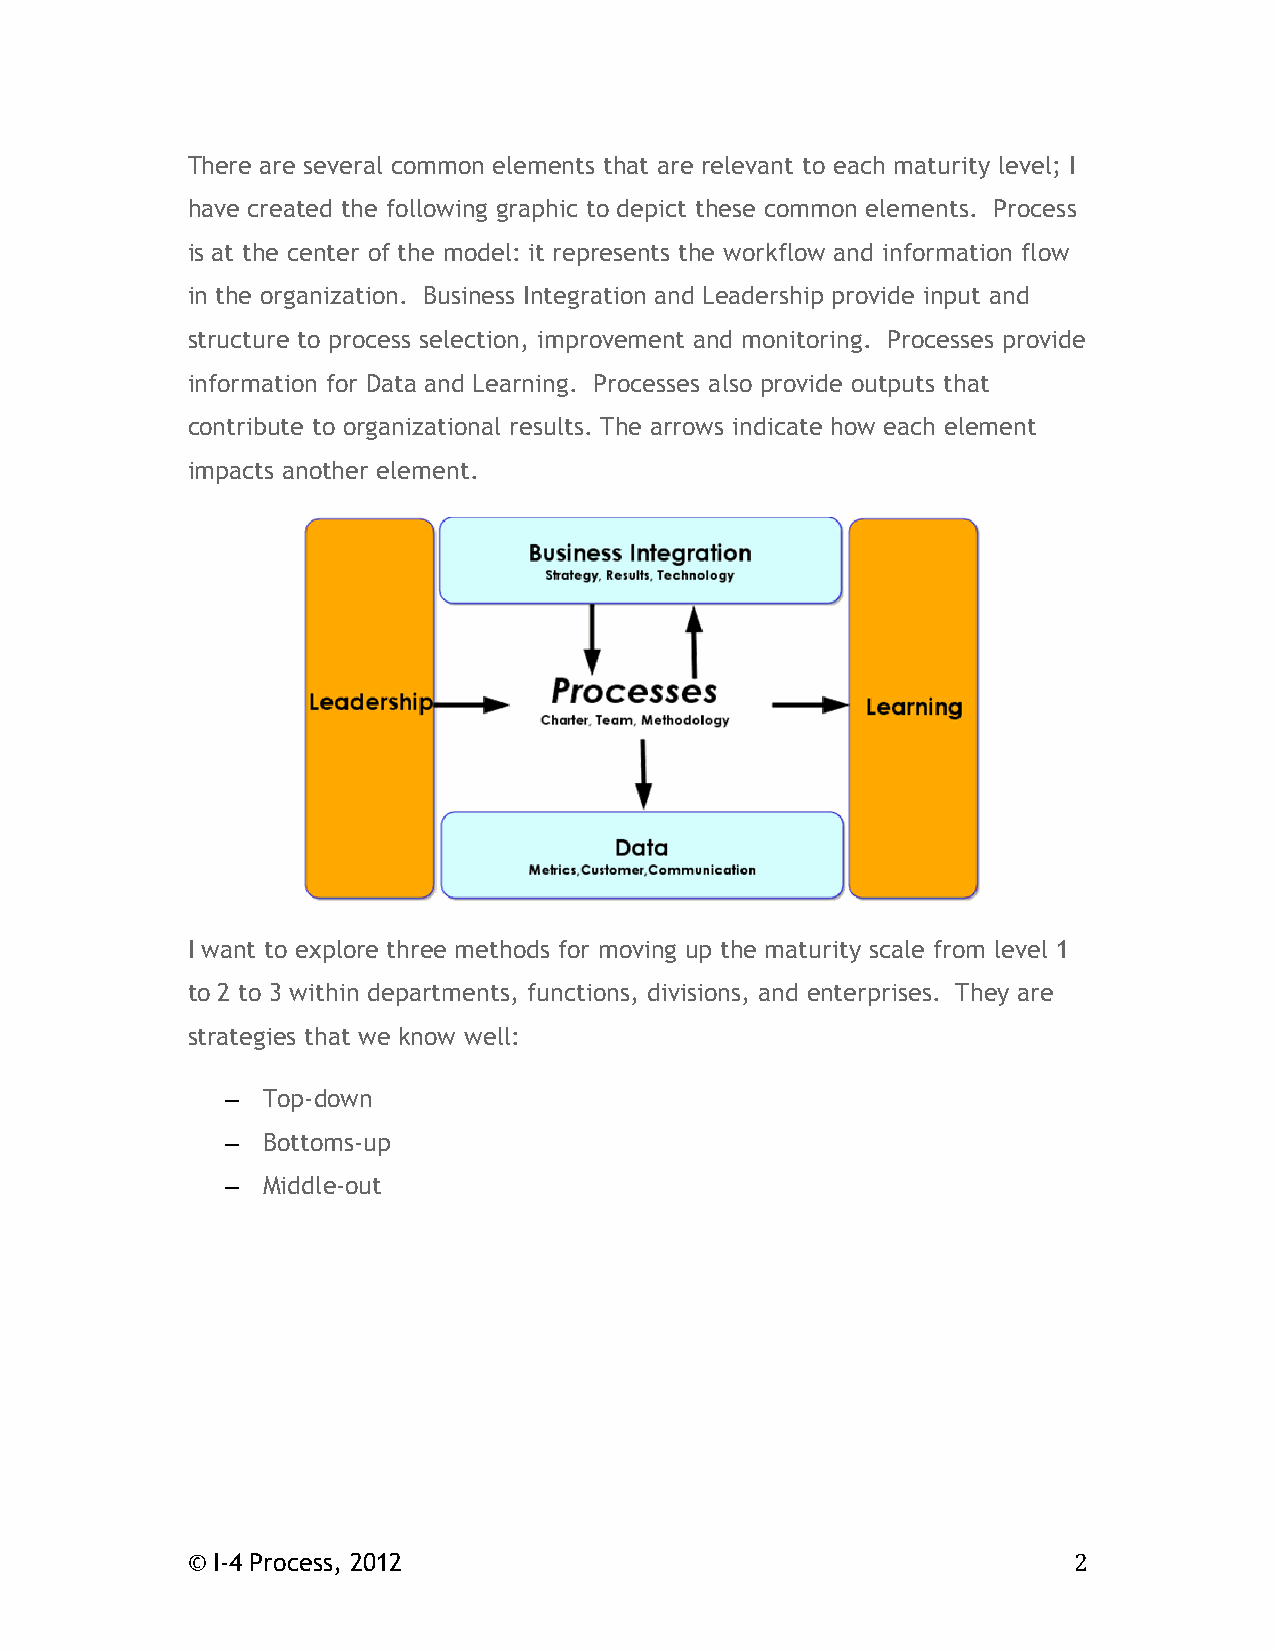
There are several common elements that are relevant to each maturity level; I
 have created the following graphic to depict these common elements. Process
 is at the center of the model: it represents the workflow and information flow
 in the organization. Business Integration and Leadership provide input and
 structure to process selection, improvement and monitoring. Processes provide
 information for Data and Learning. Processes also provide outputs that
 contribute to organizational results. The arrows indicate how each element
 impacts another element.
 I want to explore three methods for moving up the maturity scale from level 1
 to 2 to 3 within departments, functions, divisions, and enterprises. They are
 strategies that we know well:
 – Top-down
 – Bottoms-up
 – Middle-out
 © I-4 Process, 2012                                        2